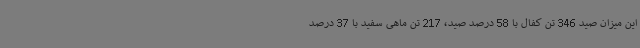
این میزان صید 346 تن کفال با 58 درصد صید، 217 تن ماهی سفید با 37 درصد